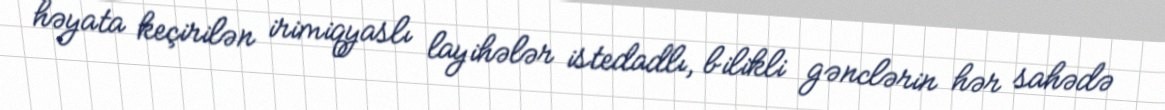
həyata keçirilən irimiqyaslı layihələr istedadlı, bilikli gənclərin hər sahədə